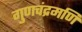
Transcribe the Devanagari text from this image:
गुणचंद्रमणि